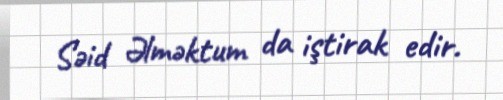
Səid Əlməktum da iştirak edir.